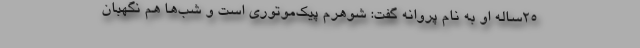
۲۵‌ساله او به نام پروانه گفت: شوهرم پیک‌موتوری است و شب‌ها هم نگهبان